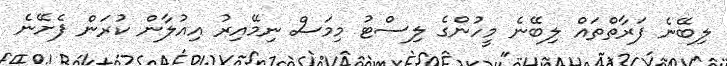
ލިބޭނެ ފަރާތްތައް ލިބޭނެ މީހުންގެ ލިސްޓު މިމަސް ނިމޭއިރު އިއުލާން ކުރަން ފެށޭނެ